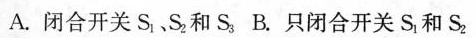
A.闭合开关S_{1}、S_{2}和S_{3} B.只闭合开关S_{1}和S_{2}